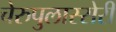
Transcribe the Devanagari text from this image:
चेरुपुलास्सेरी